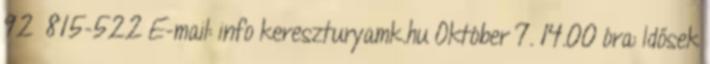
92 815-522 E-mail: info kereszturyamk.hu Október 7. 14.00 óra: Idősek